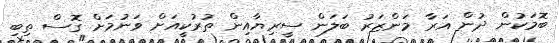
ބޮމަކުން ދުން އަރާ މަންޒަރު ބަލަން ސީރިޔާއިން ތުރުކީއަށް ވަނުމަށް ގޮސް ތިބި